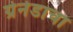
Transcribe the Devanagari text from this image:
ग्रेनेडाचा